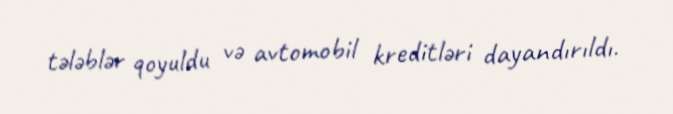
tələblər qoyuldu və avtomobil kreditləri dayandırıldı.